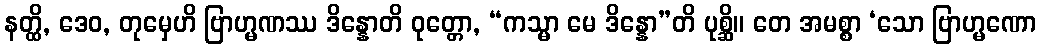
နတ္ထိ, ဒေဝ, တုမှေဟိ ဗြာဟ္မဏဿ ဒိန္နောတိ ဝုတ္တော, “ကသ္မာ မေ ဒိန္နော”တိ ပုစ္ဆိ။ တေ အမစ္စာ ‘သော ဗြာဟ္မဏော